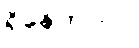
ရှိနေတာပါ။